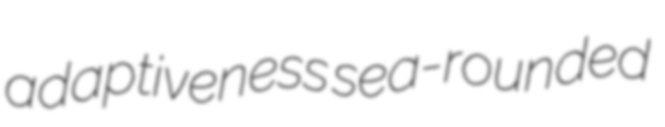
adaptiveness sea-rounded